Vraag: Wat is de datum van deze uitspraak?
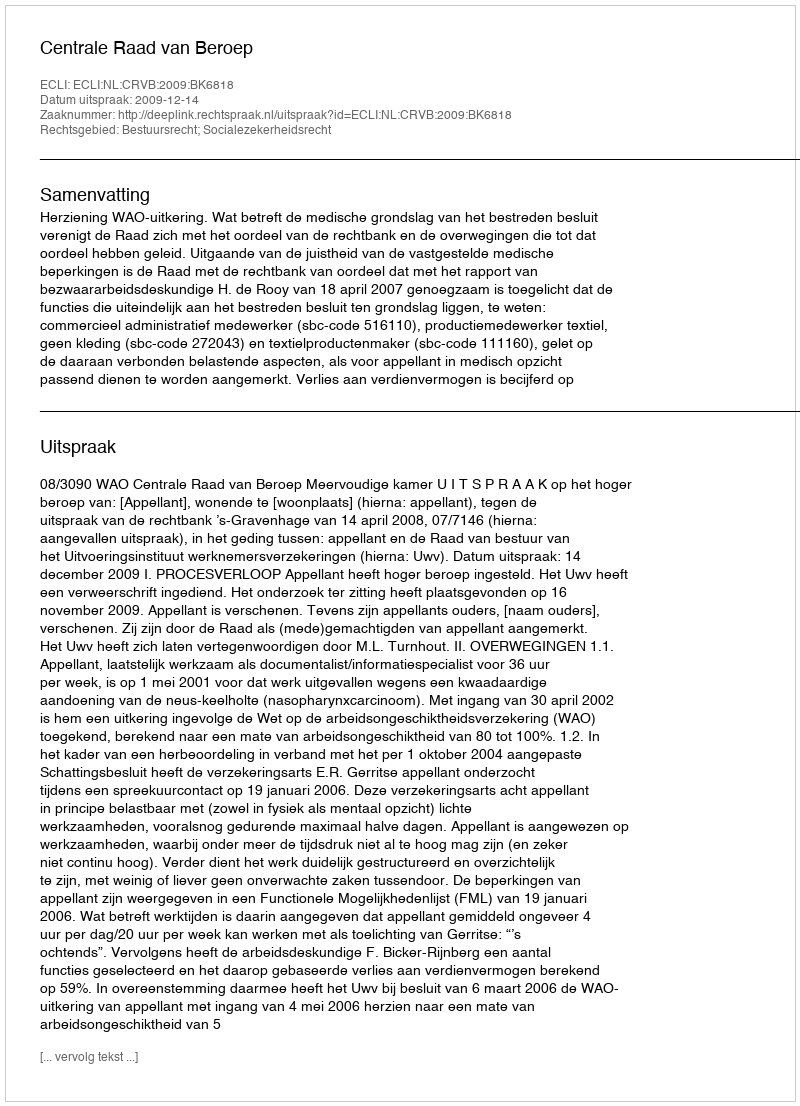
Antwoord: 2009-12-14